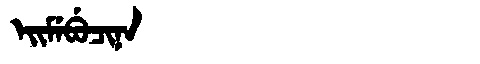
Manchu: ᡝᡳᠮᡝᠪᡠᠴᡳᠨᠠ
Romanization: EIMEBUCINA